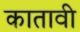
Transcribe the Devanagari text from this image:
कातावी